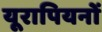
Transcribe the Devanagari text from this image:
यूरापियनों